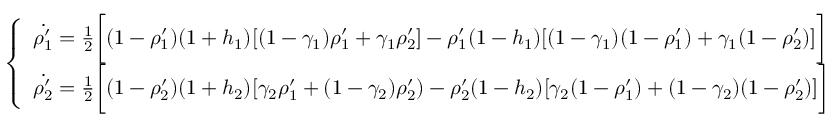
\left\{ \begin{array} { l l } { \dot { \rho _ { 1 } ^ { \prime } } = \frac { 1 } { 2 } \bigg [ ( 1 - \rho _ { 1 } ^ { \prime } ) ( 1 + h _ { 1 } ) [ ( 1 - \gamma _ { 1 } ) \rho _ { 1 } ^ { \prime } + \gamma _ { 1 } \rho _ { 2 } ^ { \prime } ] - \rho _ { 1 } ^ { \prime } ( 1 - h _ { 1 } ) [ ( 1 - \gamma _ { 1 } ) ( 1 - \rho _ { 1 } ^ { \prime } ) + \gamma _ { 1 } ( 1 - \rho _ { 2 } ^ { \prime } ) ] \bigg ] } \\ { \dot { \rho _ { 2 } ^ { \prime } } = \frac { 1 } { 2 } \bigg [ ( 1 - \rho _ { 2 } ^ { \prime } ) ( 1 + h _ { 2 } ) [ \gamma _ { 2 } \rho _ { 1 } ^ { \prime } + ( 1 - \gamma _ { 2 } ) \rho _ { 2 } ^ { \prime } ) - \rho _ { 2 } ^ { \prime } ( 1 - h _ { 2 } ) [ \gamma _ { 2 } ( 1 - \rho _ { 1 } ^ { \prime } ) + ( 1 - \gamma _ { 2 } ) ( 1 - \rho _ { 2 } ^ { \prime } ) ] \bigg ] } \end{array} \right.